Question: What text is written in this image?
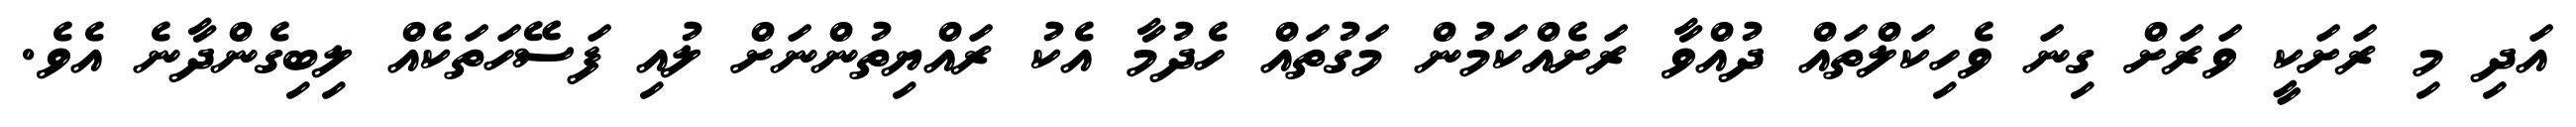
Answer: އަދި މި ރަށަކީ ވަރަށް ގިނަ ވެހިކަލްތައް ދުއްވާ ރަށެއްކަމުން މަގުތައް ހެދުމާ އެކު ރައްޔިތުންނަށް ލުއި ފަސޭހަތަކެއް ލިބިގެންދާނެ އެވެ.